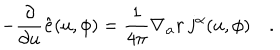
- \frac { \partial } { \partial u } { \bf { \hat { e } } } ( u , \phi ) = \frac { 1 } { 4 \pi } \nabla _ { \alpha } r \; { \bf j ^ { \alpha } } ( u , \phi ) \quad .